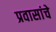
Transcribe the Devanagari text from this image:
प्रवासांचे